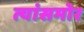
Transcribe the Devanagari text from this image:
त्यांसमोर